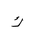
Letter: _kaf